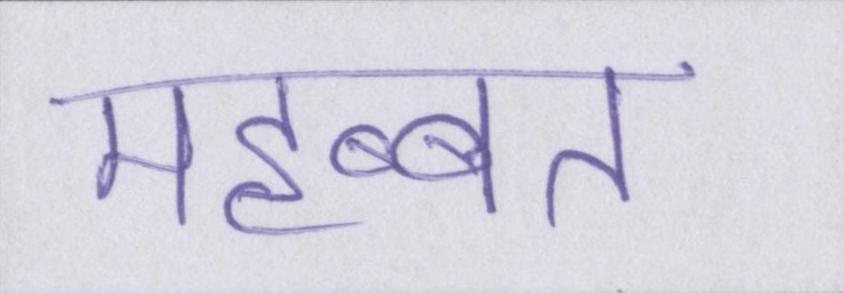
महब्बत